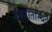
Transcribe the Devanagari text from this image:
शहरांतस्थित